Vaccination in Bombay 1889-1901 - 1889-1901
Year: 1889
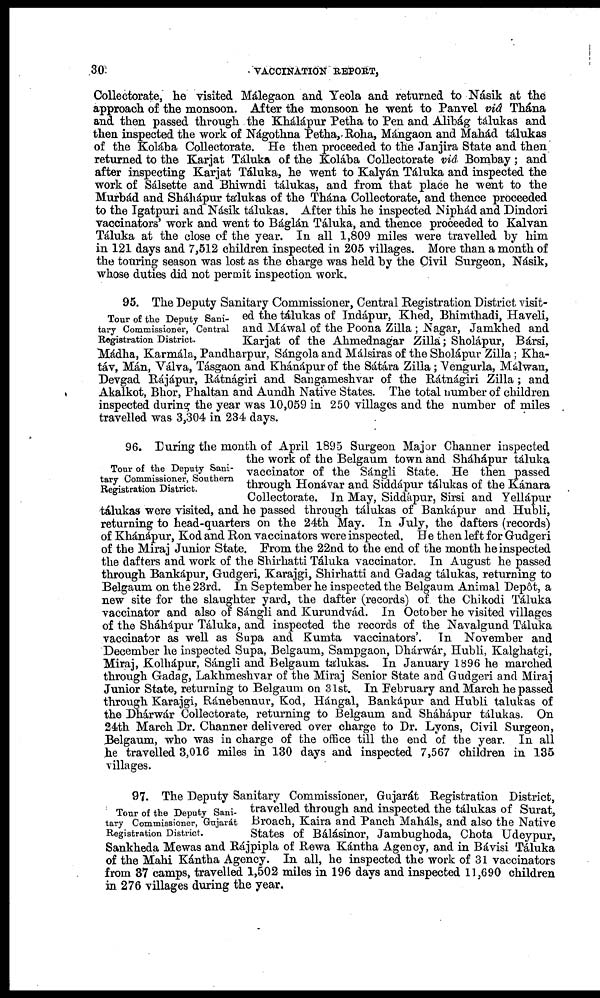
30
VACCINATION REPORT,
Collectorate, he visited Málegaon and Yeola and returned to Násik at the
approach of the monsoon. After the monsoon he went to Panvel viâ Thána
and then passed through the Khálápur Petha to Pen and Alibág tálukas and
then inspected the work of Nágothna Petha,Roha, Mángaon and Mahád tálukas
of the Kolába Collectorate. He then proceeded to the Janjira State and then
returned to the Karjat Táluka of the Kolába Oollectorate viâ Bombay; and
after inspecting Karjat Táluka, he went to Kalyán Táluka and inspected the
work of Sálsette and Bhiwndi tálukas, and from that place he went to the
Murbád and Sháhápur tálukas of the Thána Collectorate, and thence proceeded
to the Igatpuri and Násik tálukas. After this he inspected Niphád and Dindori
vaccinators' work and went to Báglán Táluka, and thence proceeded to Kalvan
Táluka at the close of the year. In all 1,809 miles were travelled by him
in 121 days and 7,512 children inspected in 205 villages. More than a month of
the touring season was lost as the charge was held by the Civil Surgeon, Násik,
whose duties did not permit inspection work.
Tour of the Deputy Sani-
tary Commissioner, Central
Registration District.
95. The Deputy Sanitary Commissioner, Central Registration District visit-
ed the tálukas of Indápur, Khed, Bhimthadi, Haveli,
and Máwal of the Poona Zilla ; Nagar, Jamkhed and
Karjat of the Ahmednagar Zilla; Sholápur, Bársi,
Mádha, Karmála, Pandharpur, Sángola and Málsiras of the Sholápur Zilla; Kha¬
táv, Mán, Válva, Tásgaon and Khánápur of the Sátára Zilla; Vengurla, Málwan,
Devgad Rájápur, Rátnágiri and Sangameshvar of the Rátnágiri Zilla ; and
Akalkot, Bhor, Phaltan and Aundh Native States. The total number of children
inspected during the year was 10,059 in 250 villages and the number of miles
travelled was 3,304 in 234 days.
Tour of the Deputy Sani-
tary Commissioner, Southern
Registration District.
96. During the month of April 1895 Surgeon Major Channer inspected
the work of the Belgaum town and Sháhápur táluka
vaccinator of the Sángli State. He then passed
through Honávar and Siddápur tálukas of the Kánara
Collectorate. In May, Siddápur, Sirsi and Yellápur
tálukas were visited, and he passed through tálukas of Bankápur and Hubli,
returning to head-quarters on the 24th May. In July, the dafters (records)
of Khánápur, Kod and Ron vaccinators were inspected. He then left for Gudgeri
of the Miraj Junior State. From the 22nd to the end of the month he inspected
the dafters and work of the Shirhatti Táluka vaccinator. In August he passed
through Bankápur, Gudgeri, Karajgi, Shirhatti and Gadag tálukas, returning to
Belgaum on the 23rd. In September he inspected the Belgaum Animal Depôt, a
new site for the slaughter yard, the dafter (records) of the Chikodi Táluka
vaccinator and also of Sángli and Kurundvád. In October he visited villages
of the Sháhápur Táluka, and inspected the records of the Navalgund Táluka
vaccinator as well as Supa and Kumta vaccinators'. In November and
December he inspected Supa, Belgaum, Sampgaon, Dhárwár, Hubli, Kalghatgi,
Miraj, Kolhápur, Sángli and Belgaum tálukas. In January 1896 he marched
through Gadag, Lakhmeshvar of the Miraj Senior State and Gudgeri and Miraj
Junior State, returning to Belgaum on 31st. In February and March he passed
through Karajgi, Ránebennur, Kod, Hángal, Bankápur and Hubli tálukas of
the Dhárwár Collectorate, returning to Belgaum and Sháhápur tálukas. On
24th March Dr. Channer delivered over charge to Dr. Lyons, Civil Surgeon,
Belgaum, who was in charge of the office till the end of the year. In all
he travelled 3,016 miles in 130 days and inspected 7,567 children in 135
villages.
Tour of the Deputy Sani-
tary Commissioner, Gujarát
Registration District.
97. The Deputy Sanitary Commissioner, Gujarát Registration District,
travelled through and inspected the tálukas of Surat,
Broach, Kaira and Panch Maháls, and also the Native
States of Bálásinor, Jambughoda, Chota Udeypur,
Sankheda Mewas and Rájpipla of Rewa Kántha Agency, and in Bávisi Táluka
of the Mahi Kántha Agency. In all, he inspected the work of 31 vaccinators
from 37 camps, travelled 1,502 miles in 196 days and inspected 11,690 children
in 276 villages during the year.